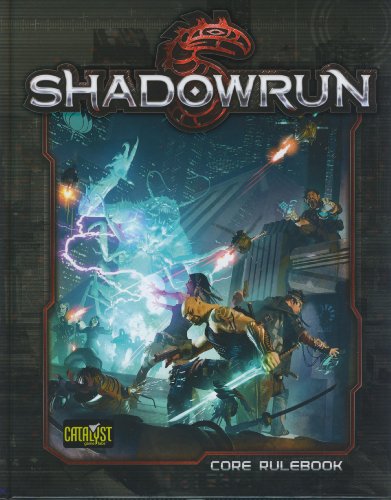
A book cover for Shadowrun Fifth Edition; Jason M. Hardy; Science Fiction & Fantasy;